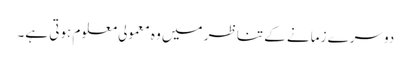
دوسرے زمانے کے تناظر میں وہ معمولی معلوم ہوتی ہے۔